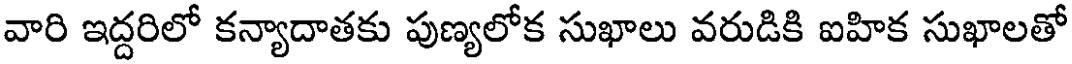
వారి ఇద్దరిలో కన్యాదాతకు పుణ్యలోక సుఖాలు వరుడికి ఐహిక సుఖాలతో